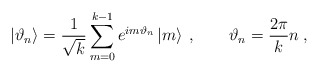
\begin{align*}\left| \vartheta _{n}\right\rangle =\frac{1}{\sqrt{k}}\sum ^{k-1}_{m=0}e^{im\vartheta _{n}}\left| m\right\rangle \: ,\qquad \vartheta _{n}=\frac{2\pi }{k}n\: ,\end{align*}